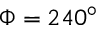
\Phi = 2 4 0 ^ { \circ }